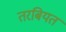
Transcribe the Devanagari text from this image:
तरबियत